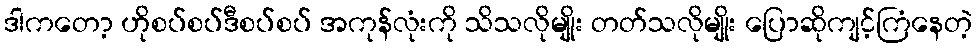
ဒါကတော့ ဟိုစပ်စပ်ဒီစပ်စပ် အကုန်လုံးကို သိသလိုမျိုး တတ်သလိုမျိုး ပြောဆိုကျင့်ကြံနေတဲ့